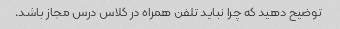
توضیح دهید که چرا نباید تلفن همراه در کلاس درس مجاز باشد.